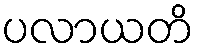
ပလာယတိ